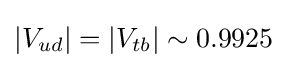
|V_{ud}|=|V_{tb}|\sim 0.9925